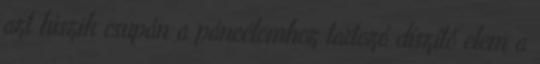
azt hiszik csupán a páncélomhoz tartozó díszítő elem a